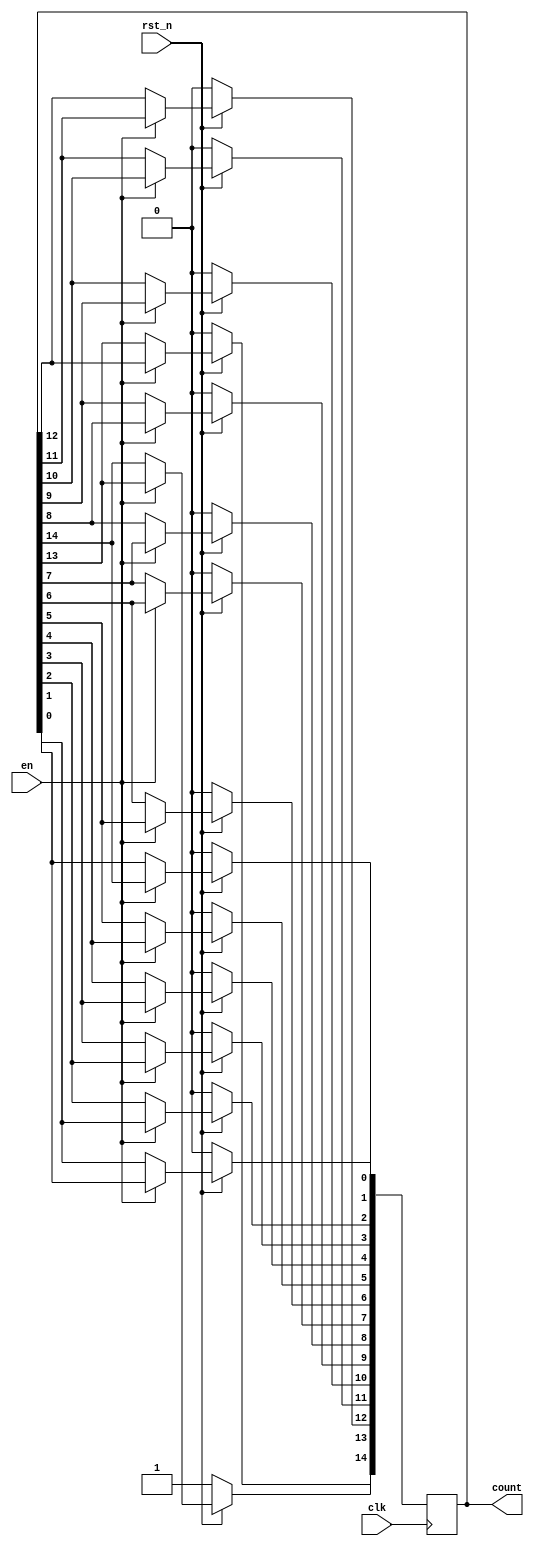
`timescale 1ns / 1ps
//////////////////////////////////////////////////////////////////////////////////
// Company: 
// Engineer: 
// 
// Design Name: 
// Module Name: RingCounter
// Project Name: 
// Target Devices: 
// Tool Versions: 
// Description: 
// 
// Dependencies: 
// 
// Revision:
// Revision 0.01 - File Created
// Additional Comments:
// 
//////////////////////////////////////////////////////////////////////////////////


module RingCounter(en, clk, rst_n, count);

    input en, clk, rst_n;
    output reg [14:0] count;
    
    always@(posedge clk) begin
        if(!rst_n) begin  // reset 
            count <= 15'b100_0000_0000_0000; // count 
        end
        else begin // reset  
            if(en) begin // en = 1  
                count[0] <= count[14]; //  RingCounter 
                count[1] <= count[0];  //  1  counter[14]
                count[2] <= count[1];  // 1 1bit  
                count[3] <= count[2];
                count[4] <= count[3];
                count[5] <= count[4];
                count[6] <= count[5];
                count[7] <= count[6];
                count[8] <= count[7];
                count[9] <= count[8];
                count[10] <= count[9];
                count[11] <= count[10];
                count[12] <= count[11];
                count[13] <= count[12];
                count[14] <= count[13];
            end
        end
    end
endmodule